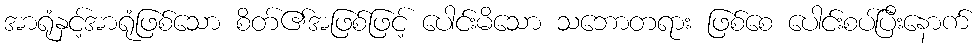
အာရုံနှင့်အာရုံဖြစ်သော စိတ်၏အဖြစ်ဖြင့် ပေါင်းမိသော သဘောတရား ဖြစ်စေ ပေါင်းစပ်ပြီးနောက်